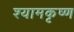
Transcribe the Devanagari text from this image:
श्यामकृष्ण